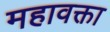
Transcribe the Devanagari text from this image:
महावक्ता